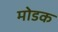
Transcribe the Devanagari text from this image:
माेडक